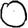
Digit: 0